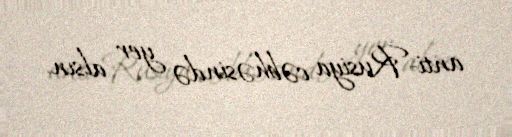
anti-Rusiya cəbhəsində yer alsın.